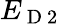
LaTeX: E_{\mathrm{~D~2~}}